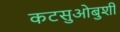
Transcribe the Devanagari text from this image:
कटसुओबुशी